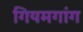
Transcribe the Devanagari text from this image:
गियमगांग